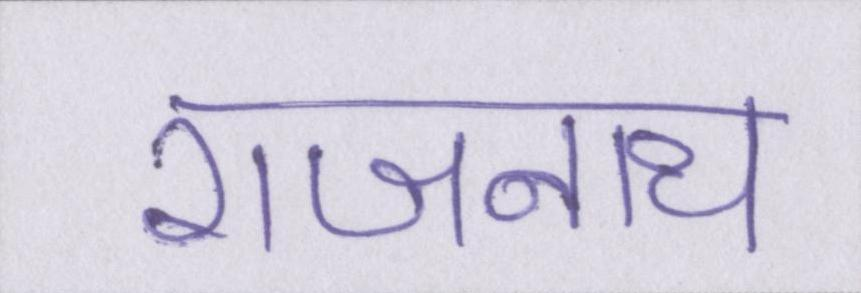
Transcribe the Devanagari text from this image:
राजनाथ